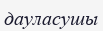
дауласушы